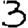
Digit: 3